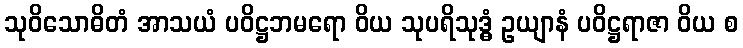
သုဝိသောဓိတံ အာသယံ ပဝိဋ္ဌဘမရော ဝိယ သုပရိသုဒ္ဓံ ဥယျာနံ ပဝိဋ္ဌရာဇာ ဝိယ စ